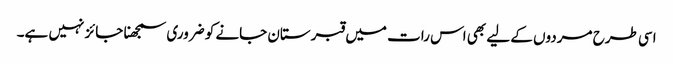
اسی طرح مردوں کے لیے بھی اس رات میں قبرستان جانے کو ضروری سمجھنا جائز نہیں ہے۔